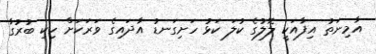
އާމިނަތު އިފާއަކީ ލޮލުގެ ކުލަ ކަޅު ހަށިގަނޑު އާދައިގެ ވަރަކަށް ހިކި ބުރުގާ